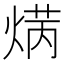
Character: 𤋲